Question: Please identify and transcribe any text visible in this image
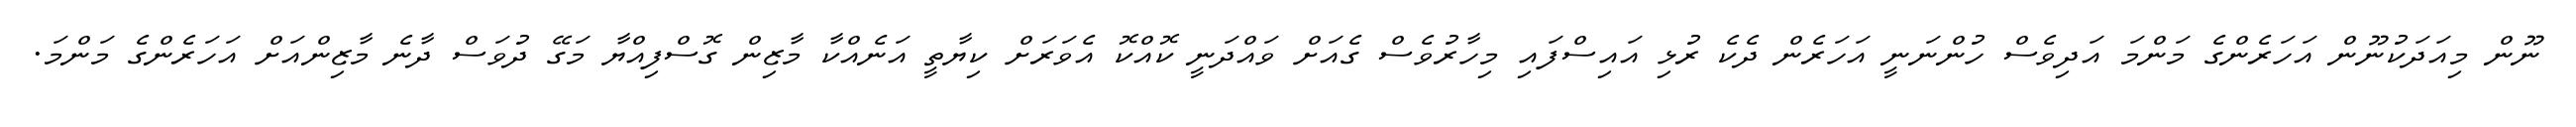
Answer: ނޫން މިއަދަކުނޫން އަހަރެންގެ މަންމަ އަދިވެސް ހުންނަނީ އަހަރެން ދެކެ ރުޅި އައިސްފައި މިހާރުވެސް ގެއަށް ވައްދަނީ ކޮއްކޮ އެވަރަށް ކިޔާތީ އަނެއްކާ މާޒިން ގޮސްފިއްޔާ މަގޭ ދުވަސް ދާނެ މާޒިންއަށް އަހަރެންގެ މަންމަ.